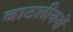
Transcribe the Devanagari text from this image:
बाटलीयनों